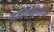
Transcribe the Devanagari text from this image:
बालशिक्षणतज्ज्ञ